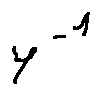
\gamma ^ { - 1 }